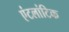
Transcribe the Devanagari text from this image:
एंटलांटिक